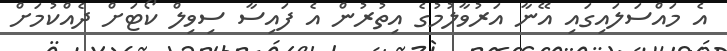
އެ މައްސަލައިގައި އޭނާ އަރުވާލުމުގެ އިތުރުން އެ ފައިސާ ސިވިލް ކޯޓަށް ދެއްކުމަށް